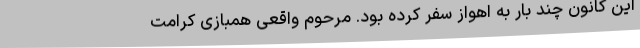
این کانون چند بار به اهواز سفر کرده بود. مرحوم واقعی همبازی کرامت